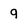
Character: 9